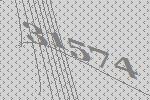
31574